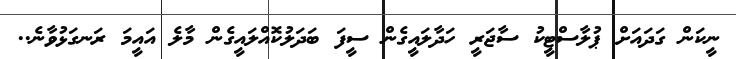
ނީކަން ގަދައަށް ޕުލާސްޓީކު ސާޖަރީ ހަދާލައީގެން ސީފަ ބަދަލުކޮއްލައީގެން މާލެ އައީމަ ރަނގަޅުވާނެ..